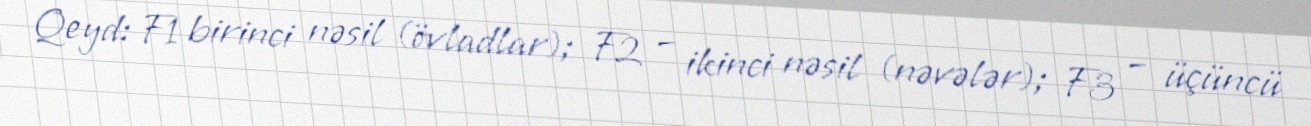
Qeyd: F1 birinci nəsil (övladlar); F2 – ikinci nəsil (nəvələr); F3 – üçüncü